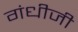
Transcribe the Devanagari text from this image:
गंधीजी